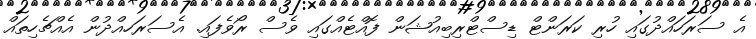
އެ ސަރަހައްދުގައި ހުރި ކަރަންޓް ޑިސްޓްރިބިއުޝަން ފޮއްޓެއްގައި ވެސް ރޯވެފައި. އެސަރަހއްދުން އެއްޗެހިތައް